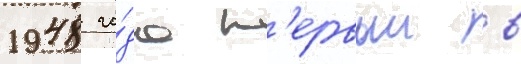
1948 го́да п'ервыи в